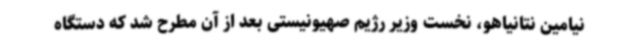
نیامین نتانیاهو، نخست وزیر رژیم صهیونیستی بعد از آن مطرح شد که دستگاه